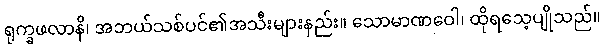
ရုက္ခဖလာနိ၊ အဘယ်သစ်ပင်၏အသီးများနည်း။ သောမာဏဝေါ၊ ထိုရသေ့ပျိုသည်။